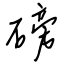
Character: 磅